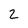
Character: 2